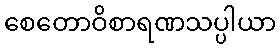
စေတောဝိစာရဏသပ္ပါယာ